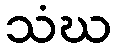
သံဃ